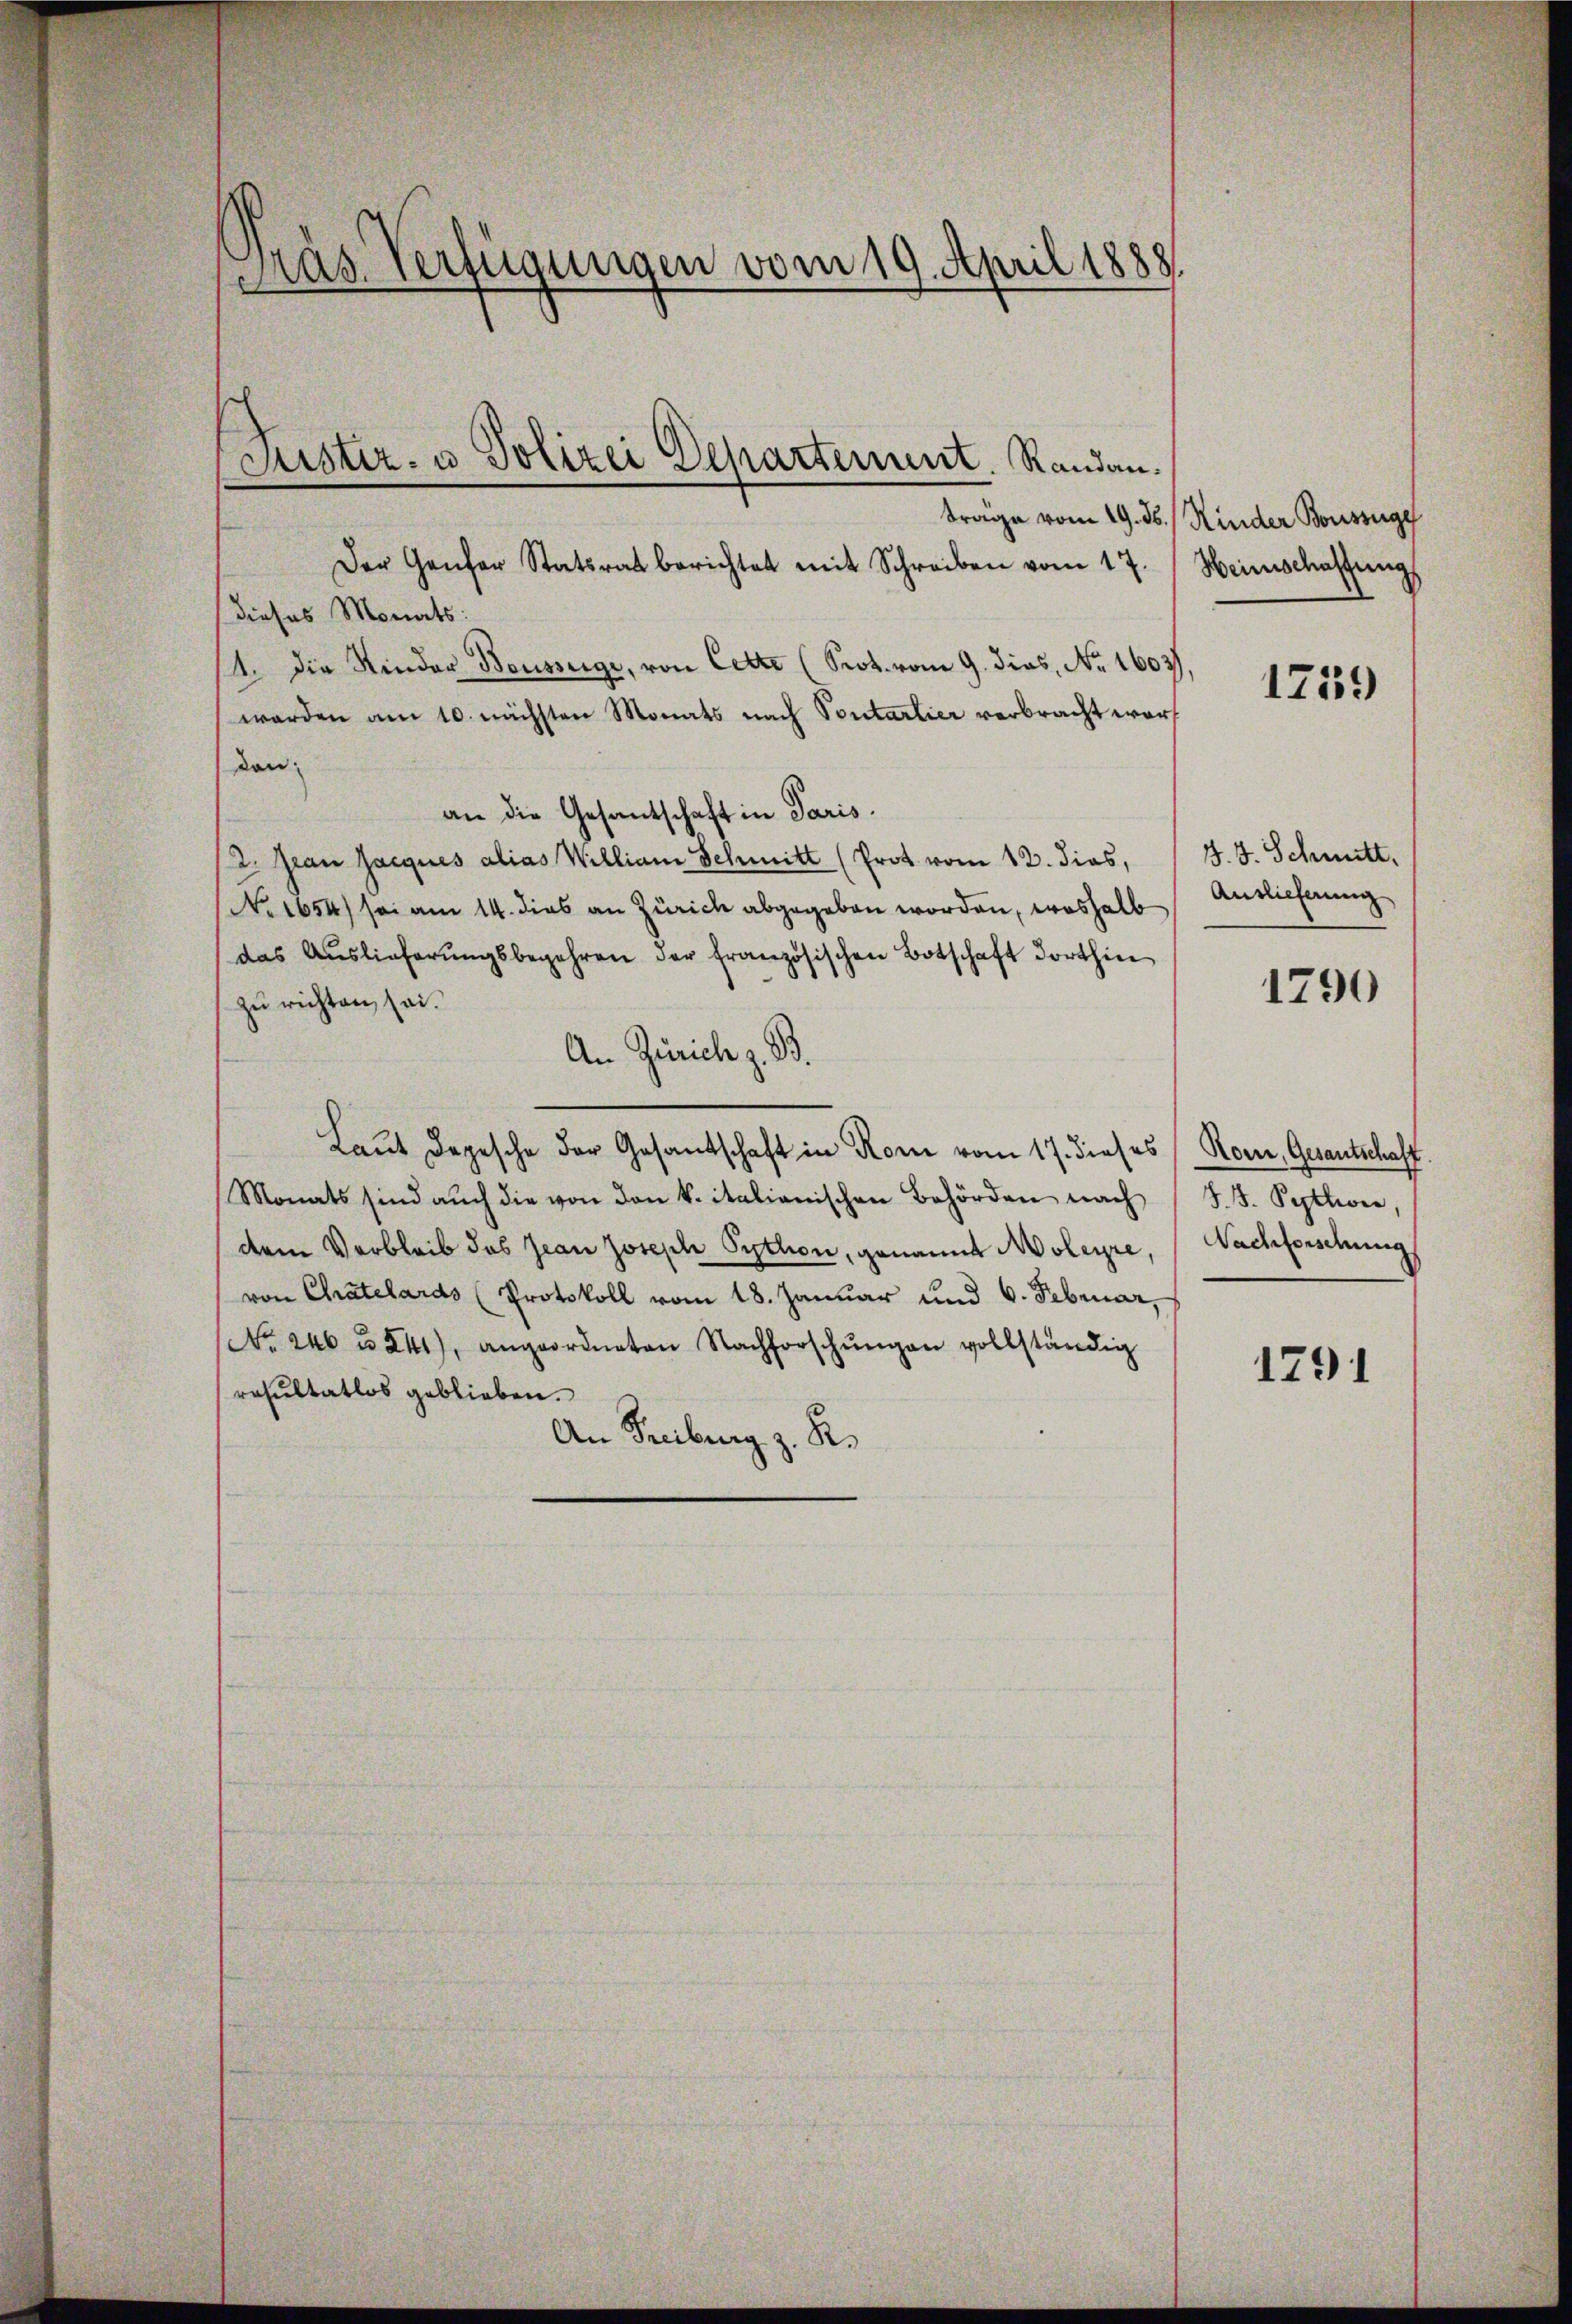
träs. Verfügungen vom 19. April 1888.

Der Genfer Statsrat berichtet mit Schreiben vom 17. Heimschaffŭng
(dieses Monats:
11. die Kinder Beusseige, von Cette (Prot. vom 9. dies, No. 1603)
werden am 10. nächsten Monats nach Sontartier verbracht wordon.
an die Gesantschaft in Paris.
2. Jean Jacques alias William Schmitt (Prot. vom 12. dies, " J. J. Schmitt
No 1654) sei am 14. dies an Zürich abgegeben worden, weshalb
das Auslieferŭngsbegehren der französischen Botschaft dorthin
zu richten sei.
An Zürich z. B.
Laut Depesche der Gesantschaft in Rom vom 17. dieses (Rom, Gesantschaft.
Monats sind aŭch die von den k. italienischen Behörden nach J. J. Pytler,
dem Verbleib des Jean Joseph Pythen, genannt oleyre, Nachforschung
von Chatelards (Protokoll vom 18. Januar und 6. Februar,
No. 246 u. 241), angeordneten Nachforschŭngen vollständig
resultatlos geblieben.
An Freiburg z. R.

Justiz- u. Polizei Departement. Randan¬

träge vom 19. ds. Kinder Bouszuge

1759

Auslieferung

1790

1791